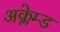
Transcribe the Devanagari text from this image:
अक्लेम्ड